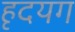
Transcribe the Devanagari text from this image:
हृदयग